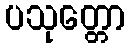
ပသုတ္တော